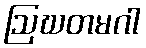
ဩဃတမဂါ